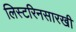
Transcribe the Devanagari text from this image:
लिस्टरिनसारखी